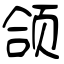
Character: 颌